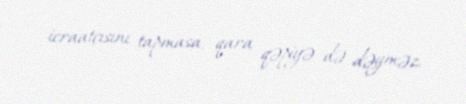
icraatçısını tapmasa, qara qəpiyə də dəyməz.